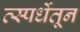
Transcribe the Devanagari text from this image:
त्स्पर्धेतून